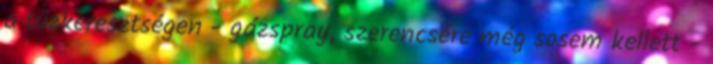
a tűzkeresztségen - gázspray, szerencsére még sosem kellett -